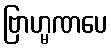
ဗြာဟ္မဏပေ